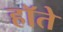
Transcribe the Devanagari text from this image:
हॉते